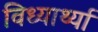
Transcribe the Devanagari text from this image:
विध्यार्थ्या